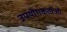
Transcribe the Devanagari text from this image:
उपयॊगकर्ताओ